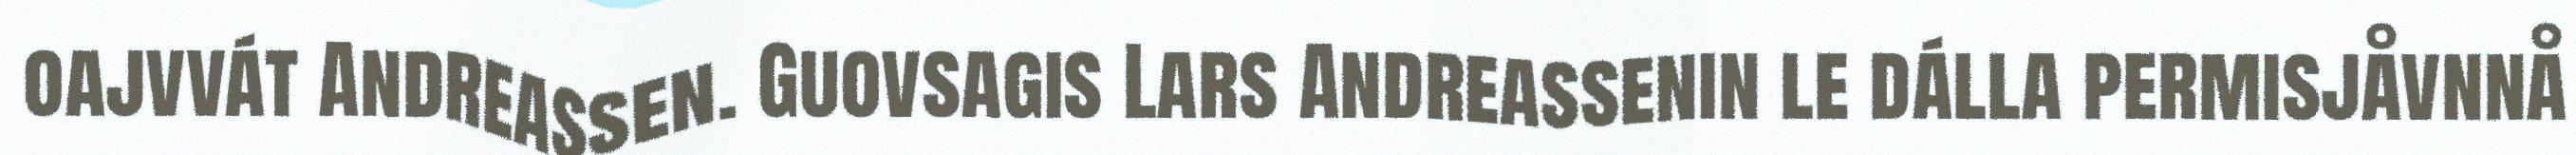
oajvvát Andreassen. Guovsagis Lars Andreassenin le dálla permisjåvnnå